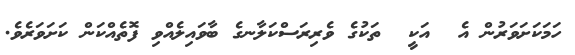
ހަމަކަށަވަރުން އެ  އަކީ  ތަކުގެ ވެރިރަސްކަލާނގެ ބާވައިލެއްވި ފޮތެއްކަން ކަށަވަރެވެ.